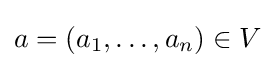
a=(a_{1},\ldots ,a_{n})\in V